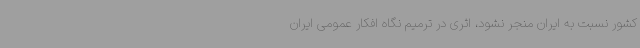
کشور نسبت به ایران منجر نشود، اثری در ترمیم نگاه افکار عمومی ایران